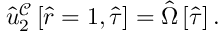
\hat { u } _ { 2 } ^ { \mathcal { C } } \left[ \hat { r } = 1 , \hat { \tau } \right] = \hat { \Omega } \left[ \hat { \tau } \right] .